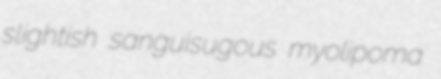
slightish sanguisugous myolipoma